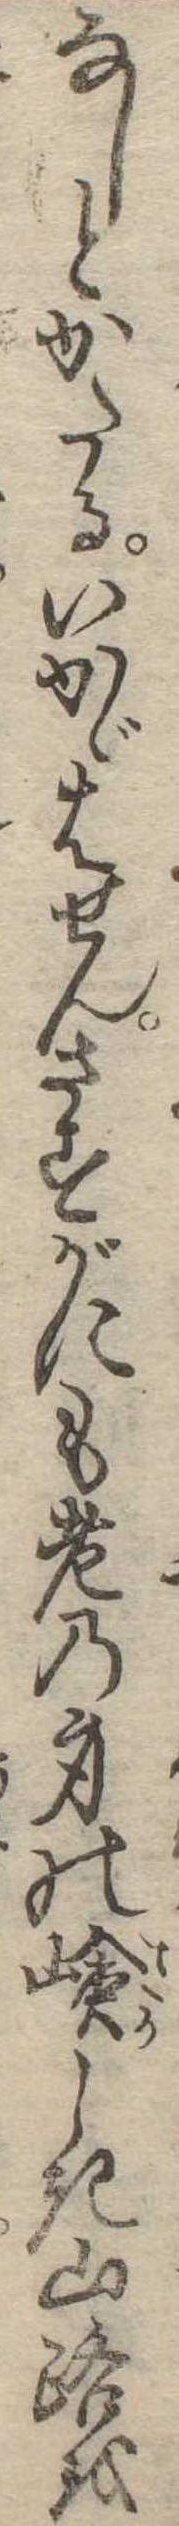
なしとかたるいかゞはせんさすがにも老の身の嶮しき山路を